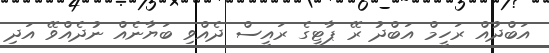
އަބްދުއް ރަހީމް އަބްދު ރޭ ޕާޓީގެ ރައީސް ދެއްވި ބަޔާނެއް ނުދެއްވޭ އަދި